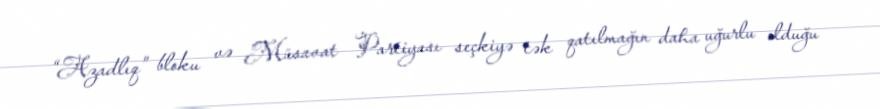
“Azadlıq” bloku və Müsavat Partiyası seçkiyə tək qatılmağın daha uğurlu olduğu